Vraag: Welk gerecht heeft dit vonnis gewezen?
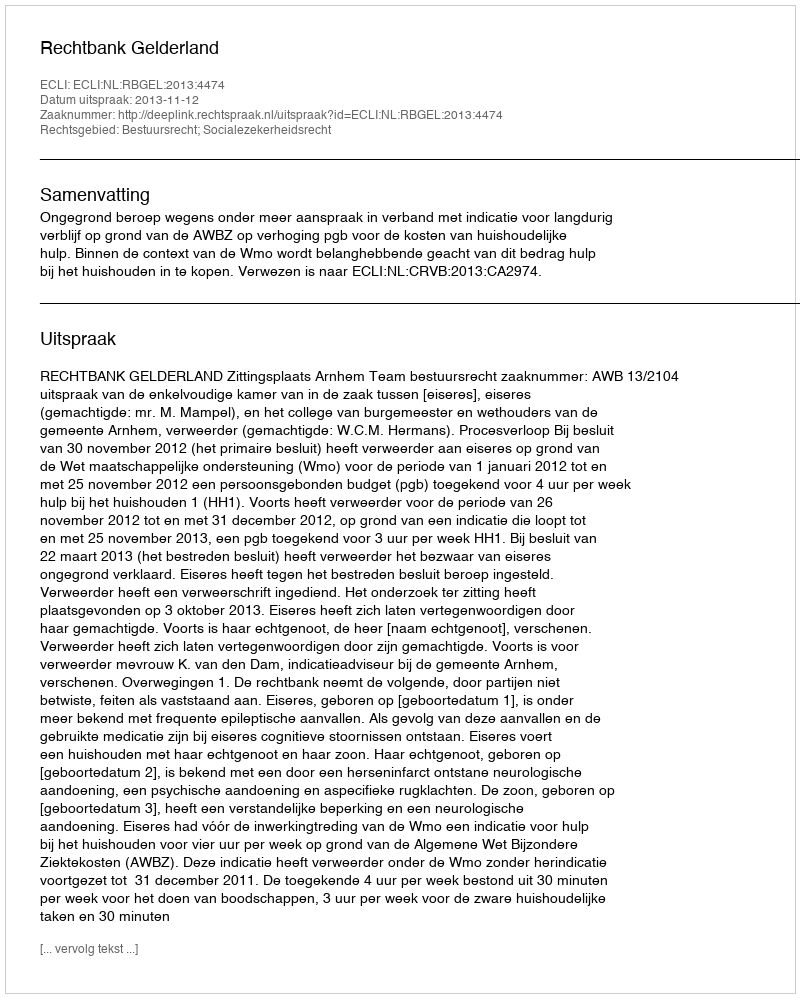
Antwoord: Rechtbank Gelderland